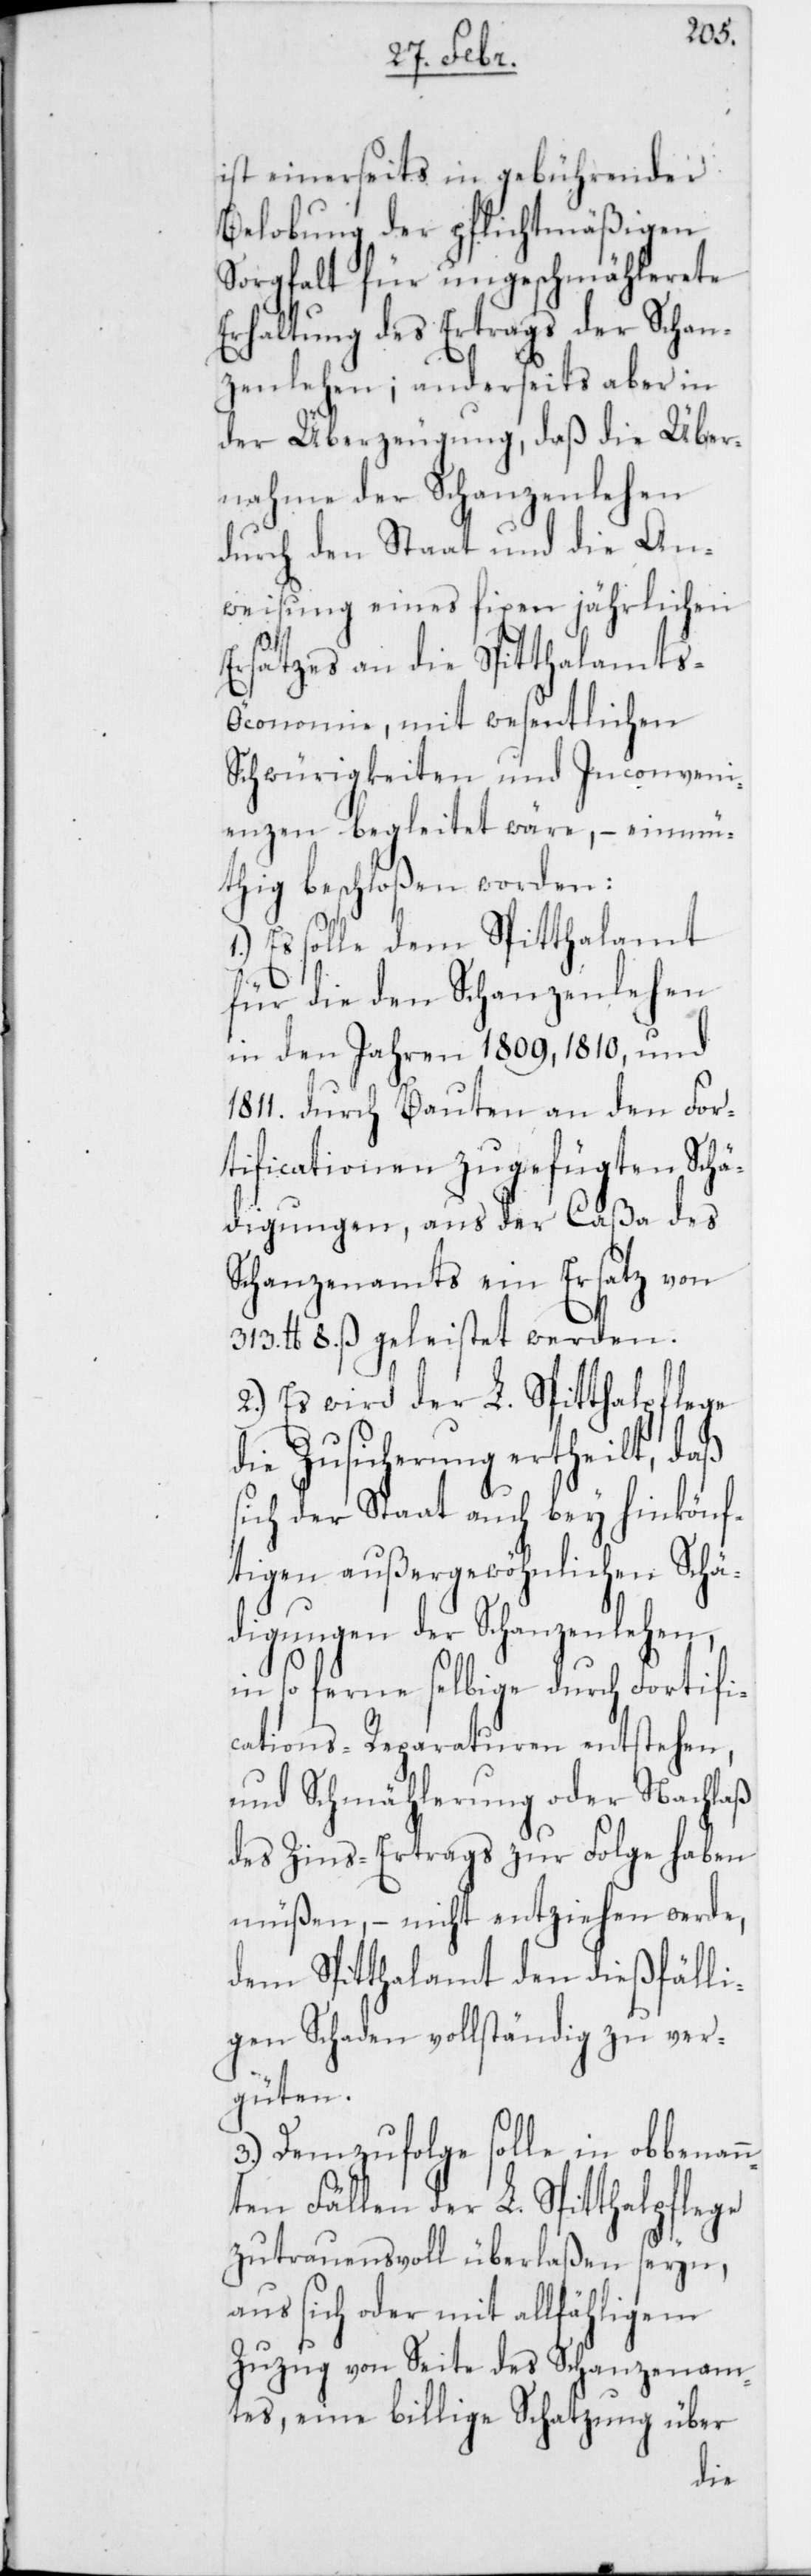
ist einerseits in gebührender
Belobung der pflichtmäßigen
Sorgfalt für ungeschmählerete
Erhaltung des Ertrags der Schan¬
zenlehen; anderseits aber in
der Überzeugung, daß die Über¬
nahme der Schanzenlehen
durch den Staat und die An¬
weisung eines fixen jährlichen
Ersatzes an die Spitthalamts-Ö¬
conomie, mit wesentlichen
Schwürigkeiten und Inconveni¬
enzen begleitet wäre, – einmü¬
thig beschloßen worden:
Es solle dem Spitthalamt
für die den Schanzenlehen
in den Jahren 1809, 1810, und
1811. durch Bauten an den For¬
tificationen zugefügten Schä¬
digungen, aus der Caßa des
Schanzenamts ein Ersatz von
313. lb. 8. ß geleistet werden.
2.) Es wird der L. Spitthalpflege
die Zusicherung ertheilt, daß
sich der Staat auch bey hinkönf¬
tigen außergewöhnlichen Schä¬
digungen der Schanzenlehen,
in so ferne selbige durch Fortifi¬
cations-Reparaturen entstehen,
und Schmählerung oder Nachlaß
des Zins-Ertrags zur Folge haben
müßen, – nicht entziehen werde,
dem Spitthalamt den dießfälli¬
gen Schaden vollständig zu ver¬
güten.
3.) Demzufolge solle in obbenan¬
nten Fällen der L. Spitthalpflege
zutrauensvoll überlaßen seyn,
aus sich oder mit allfähligem
Zuzug von Seite des Schanzenam¬
tes, eine billige Schatzung über